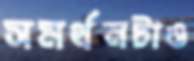
সমর্থনটাও